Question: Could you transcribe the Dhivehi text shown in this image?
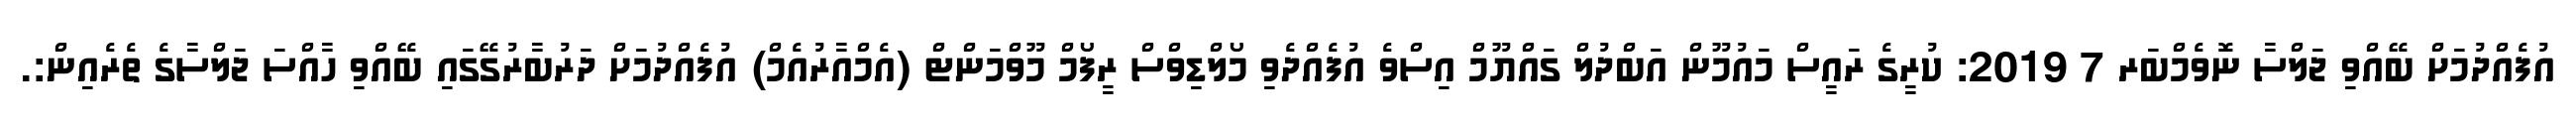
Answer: އުފެއްދުމަށް ބޭއްވި ޖަލްސާ ނޮވެމްބަރ 7 2019: ކުރީގެ ރައީސް މައުމޫން އަބްދުލް ގައްޔޫމް އިސްވެ އުފެއްދެވި މޯލްޑިވްސް ރީފޯމް މޫވްމަންޓް (އެމްއާރުއެމް) އުފެއްދުމަށް ދަރުބާރުގޭގައި ބޭއްވި ހާއްސަ ޖަލްސާގެ ތެރެއިން:.